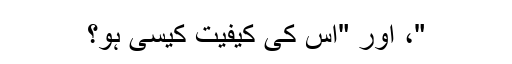
"، اور "اس کی کیفیت کیسی ہو؟